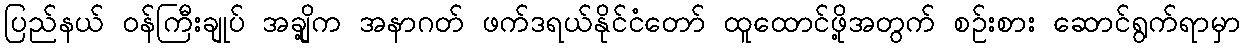
ပြည်နယ် ဝန်ကြီးချုပ် အချို့က အနာဂတ် ဖက်ဒရယ်နိုင်ငံတော် ထူထောင်ဖို့အတွက် စဉ်းစား ဆောင်ရွက်ရာမှာ